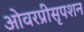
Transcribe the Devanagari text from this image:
ओवरप्रीसृपशन